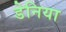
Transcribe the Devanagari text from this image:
डेनिया